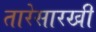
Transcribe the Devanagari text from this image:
तारेसारखी